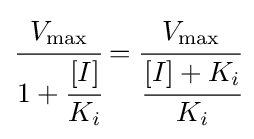
{\cfrac {V_{\max }}{1+{\cfrac {[I]}{K_{i}}}}}={\cfrac {V_{\max }}{\cfrac {[I]+K_{i}}{K_{i}}}}